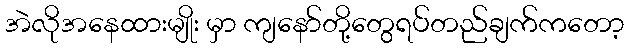
အဲလိုအနေထားမျိုး မှာ ကျနော်တို့တွေရပ်တည်ချက်ကတော့